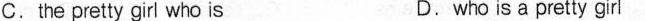
A.a pretty girl is B.is a pretty girl